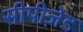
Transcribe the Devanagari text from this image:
सीपीज़ेड